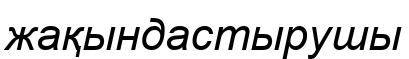
жақындастырушы